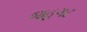
જહગઢ